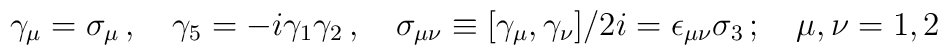
\gamma_{\mu}=\sigma_{\mu}\,,\quad\gamma_{5}=-i\gamma_{1}\gamma_{2}\,,\quad\sigma_{\mu\nu}\equiv[\gamma_{\mu},\gamma_{\nu}]/2i=\epsilon_{\mu\nu}\sigma_{3}\,;\quad\mu,\nu=1,2